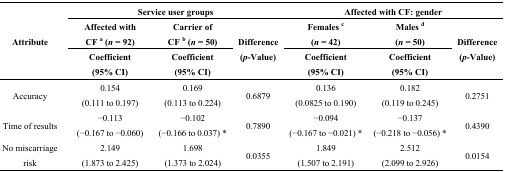
<table><thead><tr><td rowspan="3"><b>Attribute</b></td><td colspan="3"><b>Service user groups</b></td><td colspan="3"><b>Affected with CF: gender</b></td></tr><tr><td><b>Affected with CF <sup>a</sup> (<i>n</i> = 92)</b></td><td><b>Carrier of CF <sup>b</sup> (<i>n</i> = 50)</b></td><td rowspan="2"><b>Difference (<i>p</i>-Value)</b></td><td><b>Females <sup>c</sup> (<i>n</i> = 42)</b></td><td><b>Males <sup>d</sup> (<i>n</i> = 50)</b></td><td rowspan="2"><b>Difference (<i>p</i>-Value)</b></td></tr><tr><td><b>Coefficient (95% CI)</b></td><td><b>Coefficient (95% CI)</b></td><td><b>Coefficient (95% CI)</b></td><td><b>Coefficient (95% CI)</b></td></tr></thead><tbody><tr><td>Accuracy</td><td>0.154 (0.111 to 0.197)</td><td>0.169 (0.113 to 0.224)</td><td>0.6879</td><td>0.136 (0.0825 to 0.190)</td><td>0.182 (0.119 to 0.245)</td><td>0.2751</td></tr><tr><td>Time of results</td><td>−0.113 (−0.167 to −0.060)</td><td>−0.102 (−0.166 to 0.037) *</td><td>0.7890</td><td>−0.094 (−0.167 to −0.021) *</td><td>−0.137 (−0.218 to −0.056) *</td><td>0.4390</td></tr><tr><td>No miscarriage risk</td><td>2.149 (1.873 to 2.425)</td><td>1.698 (1.373 to 2.024) </td><td>0.0355</td><td>1.849 (1.507 to 2.191)</td><td>2.512 (2.099 to 2.926)</td><td>0.0154</td></tr></tbody></table>